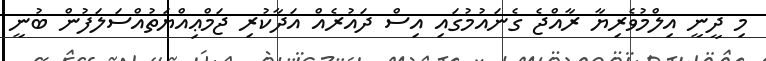
މި ދީނީ އިލްމުވެރިޔާ ރާއްޖެ ގެނައުމުގައި އިސް ދައުރެއް އަދާކުރި ޖަމްޢިއްޔަތުއްސަލަފުން ބުނީ